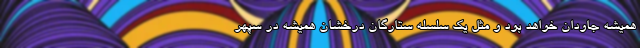
همیشه جاودان خواهد بود و مثل یک سلسله ستارگان درخشان همیشه در سپهر